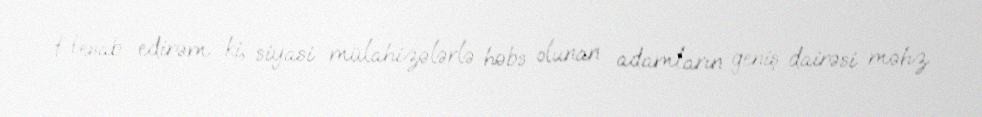
Hesab edirəm ki, siyasi mülahizələrlə həbs olunan adamların geniş dairəsi məhz